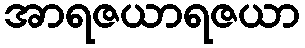
အာရဇယာရဇယာ